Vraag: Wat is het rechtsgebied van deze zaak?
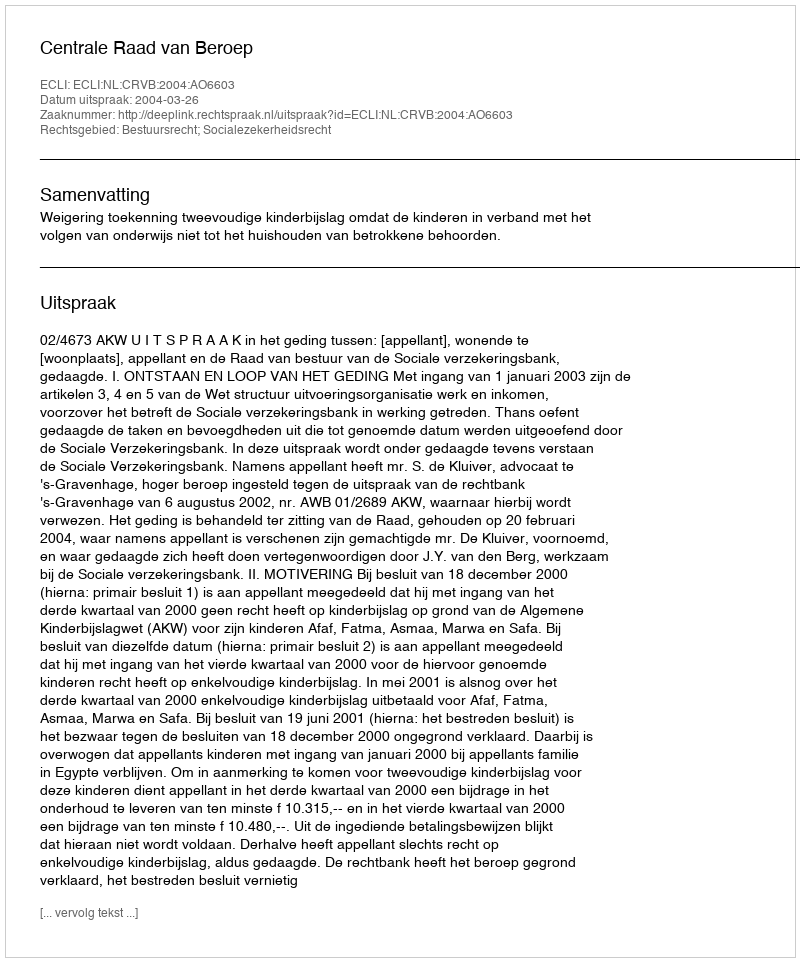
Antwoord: Bestuursrecht; Socialezekerheidsrecht